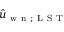
\hat { u } _ { \mathrm { ~ w ~ n ~ } ; \mathrm { ~ L ~ S ~ T ~ } }